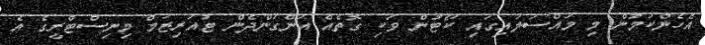
އެހެންކަމުން މި މައްސަލައިގައި ކޯޓުން ވަކި ގޮތެއް އަންގަންދެން ޓުއަރިޒަމް މިނިސްޓްރީގެ އެ